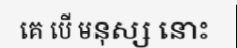
គេ បើ មនុស្ស នោះ